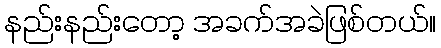
နည်းနည်းတော့ အခက်အခဲဖြစ်တယ်။